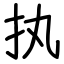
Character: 执